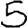
Digit: 5